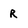
Character: R